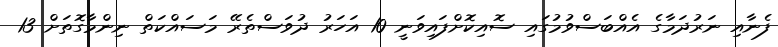
ފެނާއި ނަރުދަމާގެ އެއްބަސްވުމުގައި ސޮއިކޮށްފައިވަނީ 10 އަހަރު ދުވަސްތެރޭ މަސައްކަތް ނިންމާގޮތަށް 13